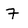
Character: 7